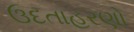
ઉદતાહરણો